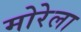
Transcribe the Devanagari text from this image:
मोरेला